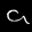
Label: 9